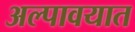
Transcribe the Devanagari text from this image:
अल्पावयात